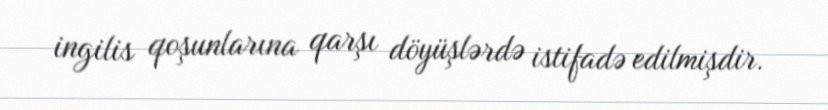
ingilis qoşunlarına qarşı döyüşlərdə istifadə edilmişdir.